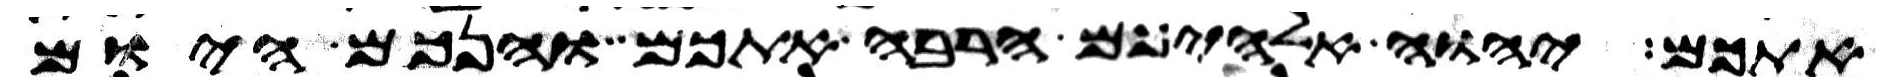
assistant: אתכם יהוה אלהיכם הרבה אתכם והנכם היום